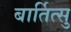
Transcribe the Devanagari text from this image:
बार्तित्सु